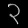
Digit: ၃